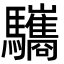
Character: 驨